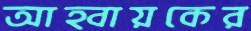
আহ্বায়কের